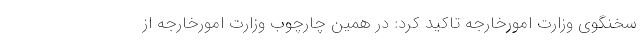
سخنگوی وزارت امورخارجه تاکید کرد: در همین چارچوب وزارت امورخارجه از